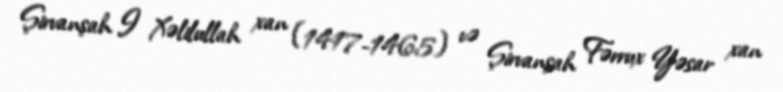
Şirvanşah I Xəlilullah xan (1417-1465) və Şirvanşah Fərrux Yəsar xan